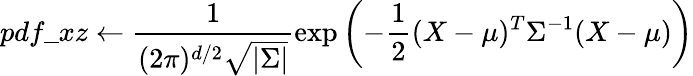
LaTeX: pdf\_ xz\leftarrow\frac{1}{(2\pi)^{d/2}\sqrt{|\Sigma|}}\exp\left(-\frac{1}{2}(X-\mu)^{T}\Sigma^{-1}(X-\mu)\right)